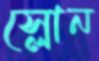
স্লোন